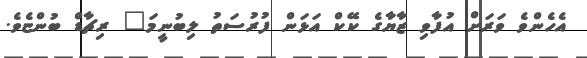
އެހެންވެ ވަރަށް އުފާވި ޒާޔާގެ ކޭކް އަޅަން ފުރުސަތު ލިބުނީމަ" ރިޗާޑް ބުންޏެވެ.